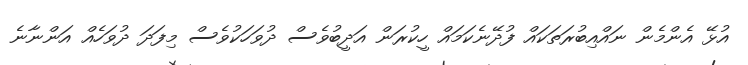
އުޅޭ އެންމެން ނައްއިބުރަތަކައް ފުދޭނެކަމައް ހީކުރަން އަދީބުވެސް ދުވަހަކުވެސް މިފަދަ ދުވަހެއް އަންނާނެ